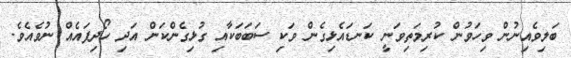
ބަލިވެއިނުން ވިހަވުން ކުރިމަތިވަނީ ކަނޑައެޅިގެން ވަކި ސަބަބަކާއި ގުޅިގެންކަން އަދި ހޯދިފައެއް ނުވެއެވެ.